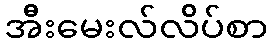
အီးမေးလ်လိပ်စာ